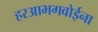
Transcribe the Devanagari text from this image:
हरआभगवोईना